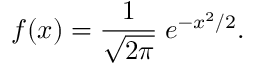
f ( x ) = { \frac { 1 } { \sqrt { 2 \pi } } } \; e ^ { - x ^ { 2 } / 2 } .